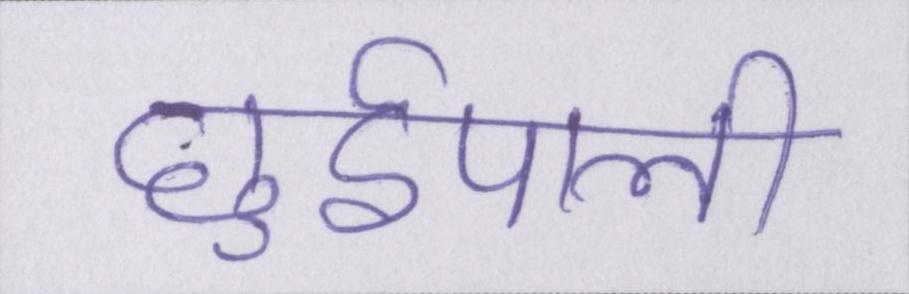
छुईपाली